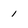
Character: i